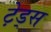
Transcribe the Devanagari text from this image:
टे़ड्स